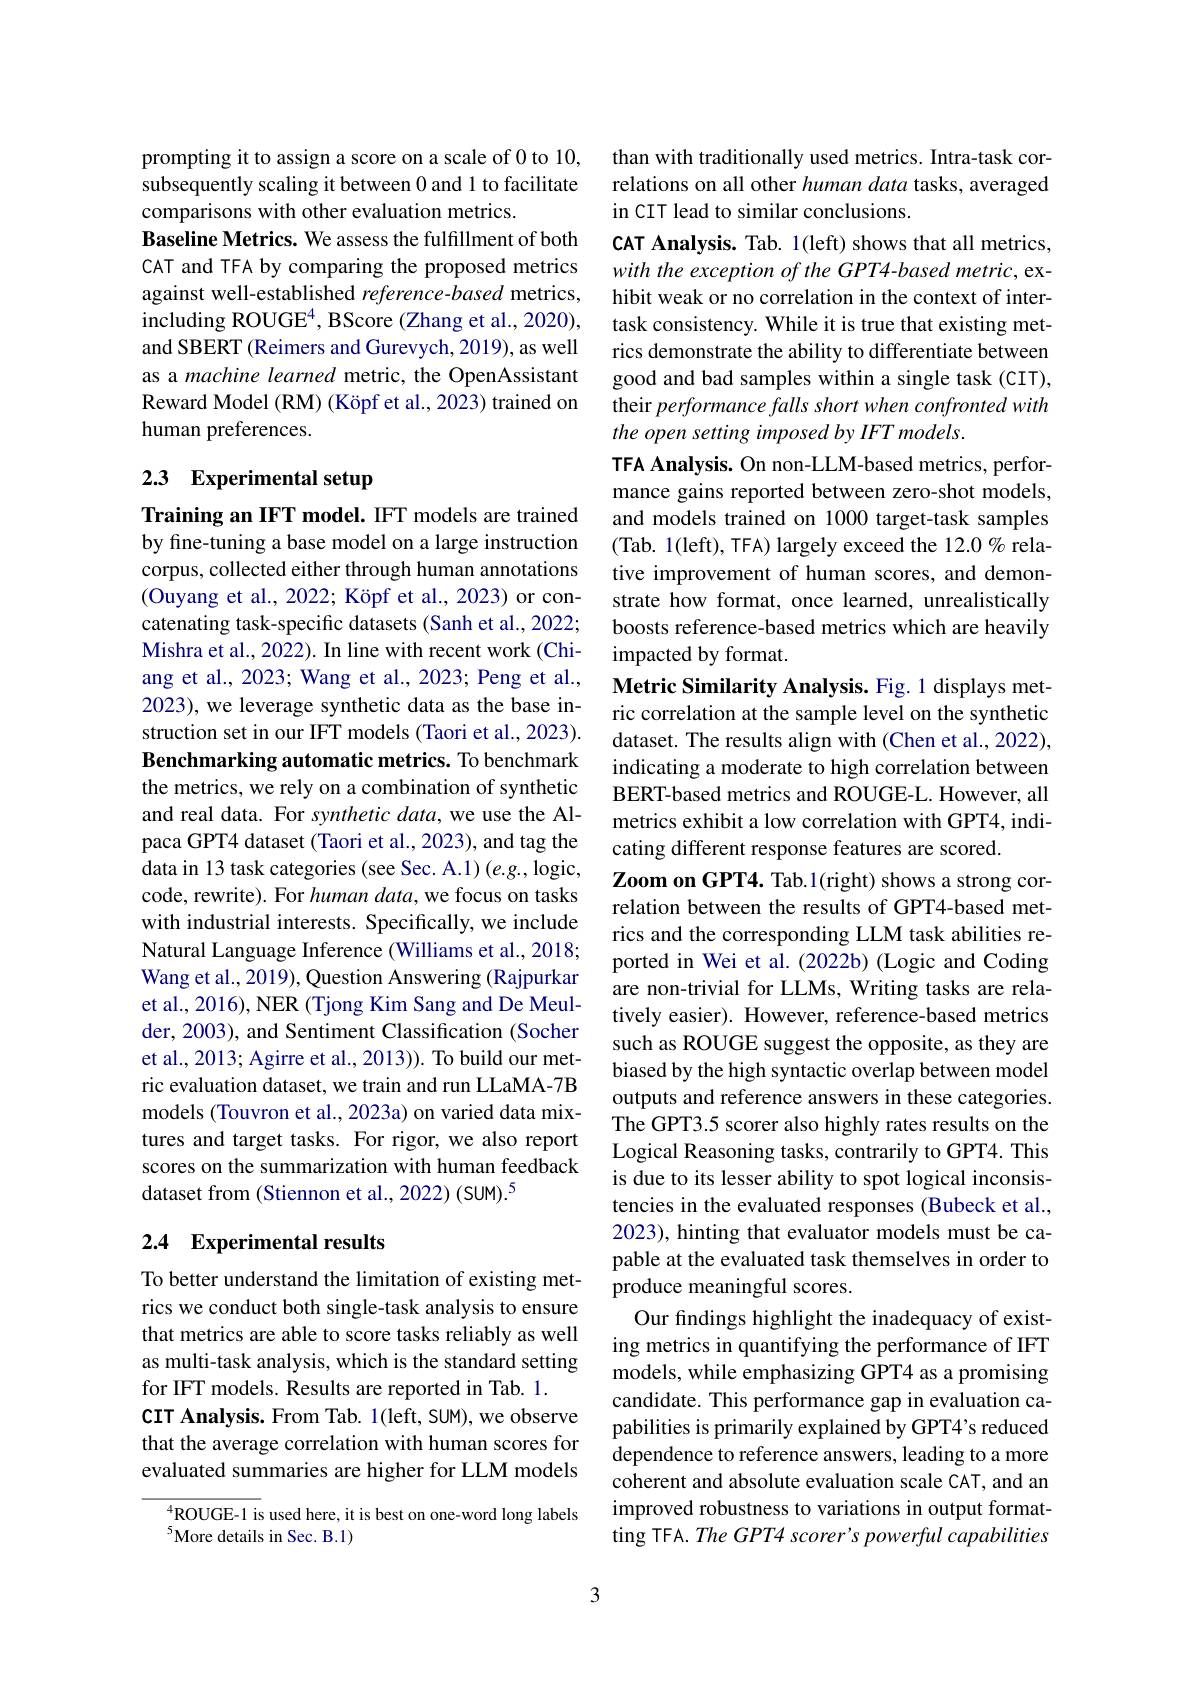
prompting it to assign a score on a scale of 0 to 10, subsequently scaling it between 0 and 1 to facilitate comparisons with other evaluation metrics.
Baseline Metrics. We assess the fulfillment of both CAT and TFA by comparing the proposed metrics against well-established reference-based metrics, including ROUGE$^4$, BScore (Zhang et al., 2020), and SBERT (Reimers and Gurevych, 2019), as well as a machine learned metric, the OpenAssistant Reward Model (RM) (Köpf et al., 2023) trained on human preferences.

# 2.3 Experimental setup

Training an IFT model. IFT models are trained by fine-tuning a base model on a large instruction corpus, collected either through human annotations (Ouyang et al., 2022; Köpf et al., 2023) or concatenating task-specific datasets (Sanh et al., 2022; Mishra et al., 2022). In line with recent work (Chiang et al., 2023; Wang et al., 2023; Peng et al., 2023), we leverage synthetic data as the base instruction set in our IFT models (Taori et al., 2023). Benchmarking automatic metrics. To benchmark the metrics, we rely on a combination of synthetic and real data. For synthetic data, we use the Alpaca GPT4 dataset (Taori et al., 2023), and tag the data in 13 task categories (see Sec. A.1) (e.g., logic, code, rewrite). For human data, we focus on tasks with industrial interests. Specifically, we include Natural Language Inference (Williams et al., 2018; Wang et al., 2019), Question Answering (Rajpurkar et al., 2016), NER (Tjong Kim Sang and De Meulder, 2003), and Sentiment Classification (Socher et al., 2013; Agirre et al., 2013)). To build our metric evaluation dataset, we train and run LLaMA-7B models (Touvron et al., 2023a) on varied data mixtures and target tasks. For rigor, we also report scores on the summarization with human feedback dataset from (Stiennon et al., 2022) (SUM).$^{5}$

## 2.4 Experimental results

To better understand the limitation of existing metrics we conduct both single-task analysis to ensure that metrics are able to score tasks reliably as well as multi-task analysis, which is the standard setting for IFT models. Results are reported in Tab. 1.
CIT Analysis. From Tab. 1(left, SUM), we observe that the average correlation with human scores for evaluated summaries are higher for LLM models

$^{4}$ROUGE-1 is used here, it is best on one-word long labels
$^{5}$More details in Sec. B.1)

3

than with traditionally used metrics. Intra-task correlations on all other human data tasks, averaged in CIT lead to similar conclusions.
CAT Analysis. Tab. 1(left) shows that all metrics, with the exception of the GPT4-based metric, exhibit weak or no correlation in the context of intertask consistency. While it is true that existing metrics demonstrate the ability to differentiate between good and bad samples within a single task (CIT), their performance falls short when confronted with the open setting imposed by IFT models.
TFA Analysis. On non-LLM-based metrics, performance gains reported between zero-shot models, and models trained on 1000 target-task samples (Tab. 1(left), TFA) largely exceed the 12.0 % relative improvement of human scores, and demonstrate how format, once learned, unrealistically boosts reference-based metrics which are heavily impacted by format.
Metric Similarity Analysis. Fig. 1 displays metric correlation at the sample level on the synthetic dataset. The results align with (Chen et al., 2022), indicating a moderate to high correlation between BERT-based metrics and ROUGE-L. However, all metrics exhibit a low correlation with GPT4, indicating different response features are scored.
Zoom on GPT4. Tab.1(right) shows a strong correlation between the results of GPT4-based metrics and the corresponding LLM task abilities reported in Wei et al.(2022b) (Logic and Coding are non-trivial for LLMs, Writing tasks are relatively easier). However, reference-based metrics such as ROUGE suggest the opposite, as they are biased by the high syntactic overlap between model outputs and reference answers in these categories. The GPT3.5 scorer also highly rates results on the Logical Reasoning tasks, contrarily to GPT4. This is due to its lesser ability to spot logical inconsistencies in the evaluated responses (Bubeck et al., 2023), hinting that evaluator models must be capable at the evaluated task themselves in order to produce meaningful scores.
Our findings highlight the inadequacy of existing metrics in quantifying the performance of IFT models, while emphasizing GPT4 as a promising candidate. This performance gap in evaluation capabilities is primarily explained by GPT4's reduced dependence to reference answers, leading to a more coherent and absolute evaluation scale CAT, and an improved robustness to variations in output formatting TFA. The GPT4 scorer's powerful capabilities